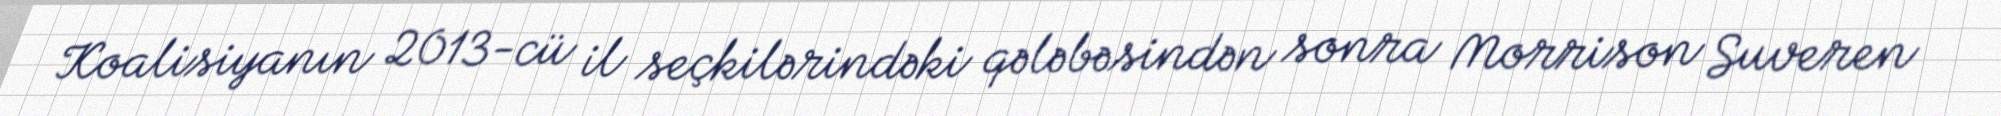
Koalisiyanın 2013-cü il seçkilərindəki qələbəsindən sonra Morrison Suveren